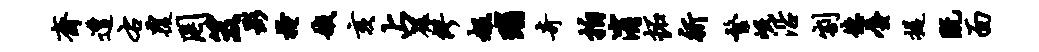
斋遭右覆罔笈影掩娥亥占碾缪赧瑙奇拍消拓祈繁岷沿割德蜃提既面